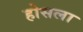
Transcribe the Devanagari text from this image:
होसला